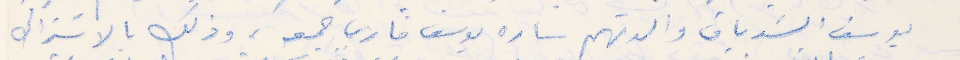
يوسف الشدياق والدتهم ساره يوسف فارس جمعه ، وذلك بالاشتراك